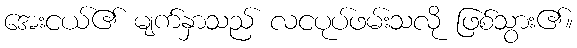
အေးငယ်၏ မျက်နှာသည် လငပုပ်ဖမ်းသလို ဖြစ်သွား၏။